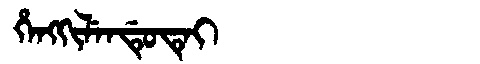
Manchu: ᡥᡝᠩᡴᡳᠯᡝᠨᡩᡠᡨᡝᡳ
Romanization: HENGKILENDUTEI